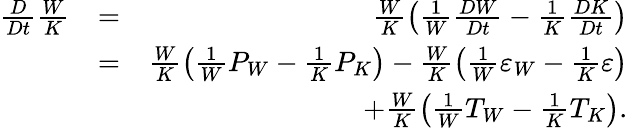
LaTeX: \begin{array}{rlr}{\frac{D}{Dt}\frac{W}{K}}&{=}&{\frac{W}{K}\left({\frac{1}{W}\frac{DW}{Dt}-\frac{1}{K}\frac{DK}{Dt}}\right)}\\ &{=}&{\frac{W}{K}\left({\frac{1}{W}P_{W}-\frac{1}{K}P_{K}}\right)-\frac{W}{K}\left({\frac{1}{W}\varepsilon_{W}-\frac{1}{K}\varepsilon}\right)}\\ &{}&{+\frac{W}{K}\left({\frac{1}{W}T_{W}-\frac{1}{K}T_{K}}\right).}\end{array}